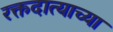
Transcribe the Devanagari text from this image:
रक्तदात्याच्या